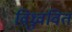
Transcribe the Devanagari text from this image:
विध्रुववित